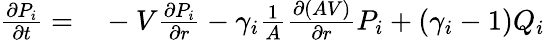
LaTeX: \begin{array}{rl}{\frac{\partial P_{i}}{\partial t}=}&{{}-V\frac{\partial P_{i}}{\partial r}-\gamma_{i}\frac{1}{A}\frac{\partial\left(AV\right)}{\partial r}P_{i}+(\gamma_{i}-1)Q_{i}}\end{array}